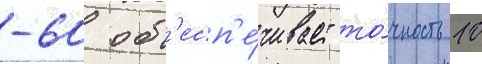
-60 об'есп'е́чивает то́чность 10